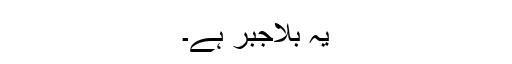
یہ بلاجبر ہے۔